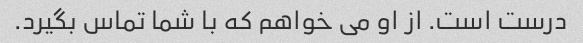
درست است. از او می خواهم که با شما تماس بگیرد.